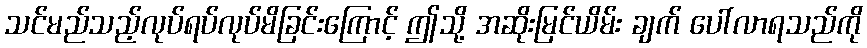
သင်မည်သည့်လုပ်ရပ်လုပ်မိခြင်းကြောင့် ဤသို့ အဆိုးမြင်ယိမ်း ချက် ပေါ်လာရသည်ကို